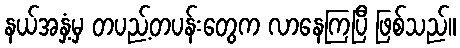
နယ်အနှံ့မှ တပည့်တပန်းတွေက လာနေကြပြီ ဖြစ်သည်။